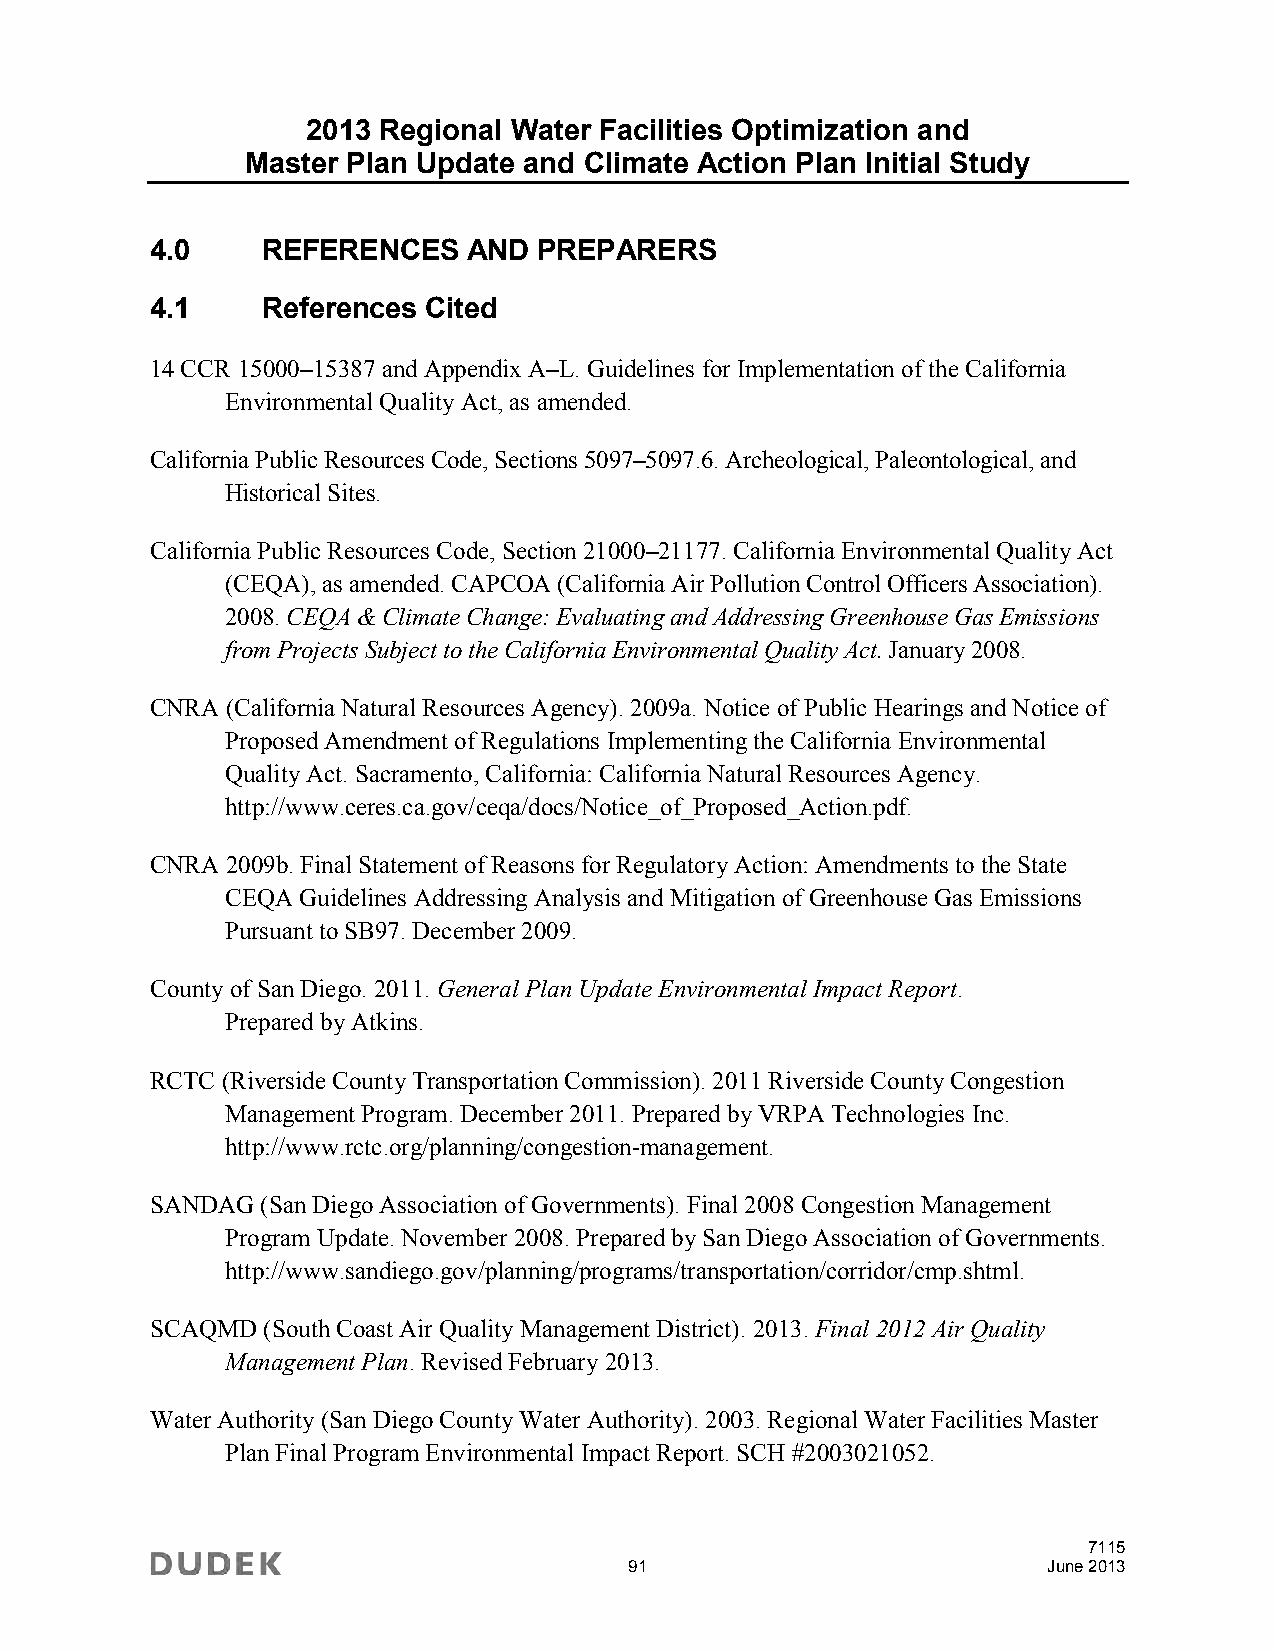
2013 Regional Water Facilities Optimization and
 Master Plan Update and Climate Action Plan Initial Study
 4.0    REFERENCES    AND  PREPARERS
 4.1    References Cited
 14 CCR 15000–15387 and Appendix A–L. Guidelines for Implementation of the California
 Environmental Quality Act, as amended.
 California Public Resources Code, Sections 5097–5097.6. Archeological, Paleontological, and
 Historical Sites.
 California Public Resources Code, Section 21000–21177. California Environmental Quality Act
 (CEQA), as amended. CAPCOA (California Air Pollution Control Officers Association).
 2008. CEQA & Climate Change: Evaluating and Addressing Greenhouse Gas Emissions
 from Projects Subject to the California Environmental Quality Act. January 2008.
 CNRA (California Natural Resources Agency). 2009a. Notice of Public Hearings and Notice of
 Proposed Amendment of Regulations Implementing the California Environmental
 Quality Act. Sacramento, California: California Natural Resources Agency.
 http://www.ceres.ca.gov/ceqa/docs/Notice_of_Proposed_Action.pdf.
 CNRA 2009b. Final Statement of Reasons for Regulatory Action: Amendments to the State
 CEQA Guidelines Addressing Analysis and Mitigation of Greenhouse Gas Emissions
 Pursuant to SB97. December 2009.
 County of San Diego. 2011. General Plan Update Environmental Impact Report.
 Prepared by Atkins.
 RCTC (Riverside County Transportation Commission). 2011 Riverside County Congestion
 Management Program. December 2011. Prepared by VRPA Technologies Inc.
 http://www.rctc.org/planning/congestion-management.
 SANDAG (San Diego Association of Governments). Final 2008 Congestion Management
 Program Update. November 2008. Prepared by San Diego Association of Governments.
 http://www.sandiego.gov/planning/programs/transportation/corridor/cmp.shtml.
 SCAQMD (South Coast Air Quality Management District). 2013. Final 2012 Air Quality
 Management Plan. Revised February 2013.
 Water Authority (San Diego County Water Authority). 2003. Regional Water Facilities Master
 Plan Final Program Environmental Impact Report. SCH #2003021052.
 7115
 91                         June 2013